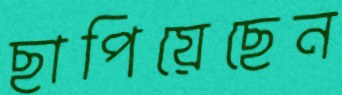
ছাপিয়েছেন